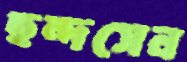
ছন্দসেন